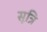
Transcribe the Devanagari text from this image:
सूत्रि